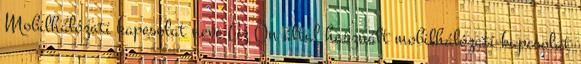
Mobilhálózati kapcsolat neve Az Ön által használt mobilhálózati kapcsolat